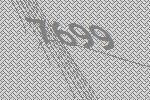
7699